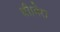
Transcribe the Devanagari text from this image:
थी।मेरा